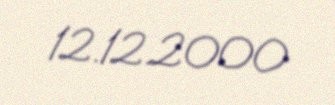
12.12.2000